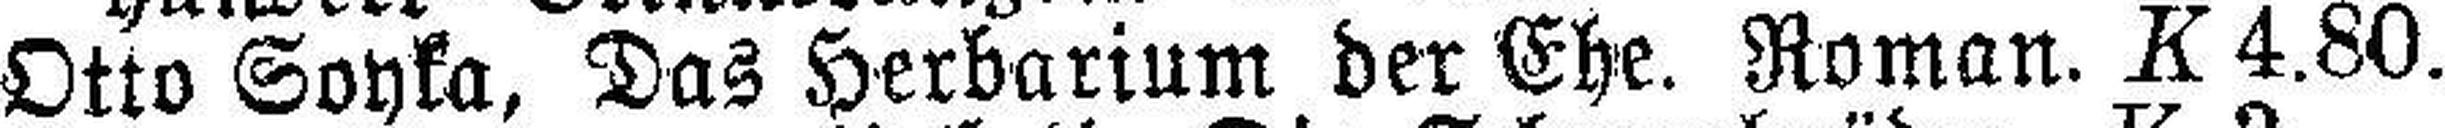
Otto Soyka, Das Herbarium der Ehe. Roman. K 4.80.